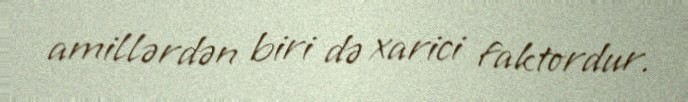
amillərdən biri də xarici faktordur.